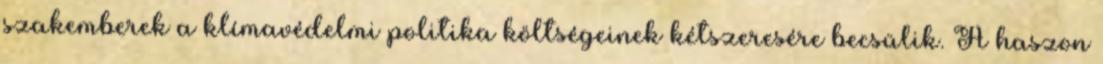
szakemberek a klímavédelmi politika költségeinek kétszeresére becsülik. A haszon